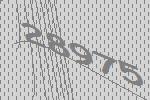
28975